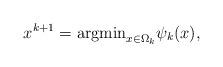
LaTeX: \begin{align*}x^{k+1}=\mbox{argmin}_{x\in\Omega_k}\psi_k(x),\end{align*}